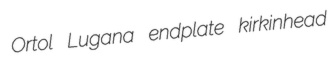
Ortol Lugana endplate kirkinhead